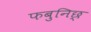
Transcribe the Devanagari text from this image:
फबुनिछ्